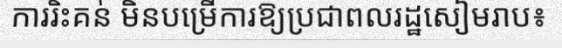
ការរិះគន់ មិនបម្រើការឱ្យប្រជាពលរដ្ឋសៀមរាប៖